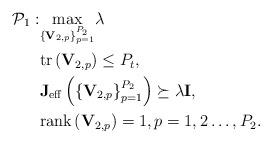
LaTeX: \begin{align*}\mathcal{P}_{1}: & \underset{\left\{ \mathbf{V}_{2,p}\right\} _{p=1}^{P_{2}}}{\max}\lambda \\ & \textrm{tr}\left(\mathbf{V}_{2,p}\right)\leq P_{t},\\ & \mathbf{J}_{\textrm{eff}}\left(\left\{ \mathbf{V}_{2,p}\right\} _{p=1}^{P_{2}}\right)\succeq\lambda\mathbf{I},\\ & \textrm{rank}\left(\mathbf{V}_{2,p}\right)=1,p=1,2\ldots,P_{2}. \end{align*}